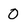
Character: 0